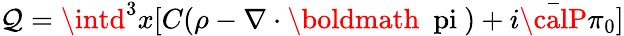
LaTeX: \mathcal{Q}=\intd^{3}x[C(\rho-\nabla\cdot\mathrm{{\boldmath~\ pi~}})+i\bar{{{\calP}}}\pi_{0}]